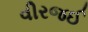
વીરજઈ